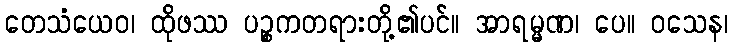
တေသံယေဝ၊ ထိုဖဿ ပဉ္စကတရားတို့၏ပင်။ အာရမ္မဏ၊ ပေ။ ဝသေန၊